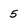
Character: 5